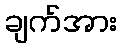
ချက်အား